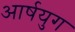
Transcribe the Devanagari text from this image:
आर्षयुग